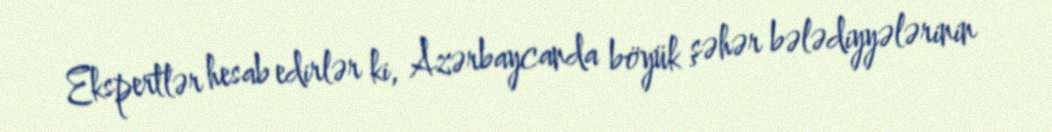
Ekspertlər hesab edirlər ki, Azərbaycanda böyük şəhər bələdiyyələrinin